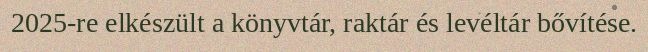
2025-re elkészült a könyvtár, raktár és levéltár bővítése.